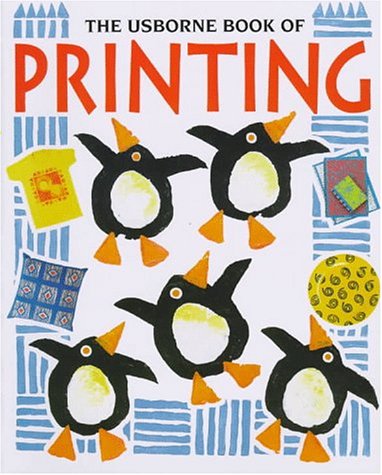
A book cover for The Usborne Book of Printing (How to Make); Ray Gibson; Children's Books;